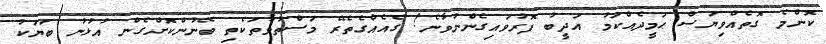
ކޮންމެ ގޮތެއްވިޔަސް ޙަމީދެއްކަމު އަދީބު ފޮރުވައިގެންނުވާނެ! ގެއެއްގެތެރޭ މަސްތުވާތަކެތި ބޭނުންކޮށްގެން އުޅުނު ބަޔަކު